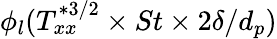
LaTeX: \phi_{l}(T_{xx}^{*3/2}\times St\times 2\delta/d_{p})